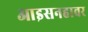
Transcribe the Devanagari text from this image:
आइसनहावर